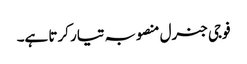
فوجی جنرل منصوبہ تیار کرتا ہے۔